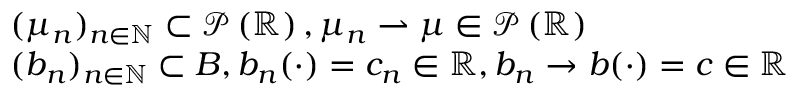
\begin{array} { r l } & { ( \mu _ { n } ) _ { n \in \mathbb { N } } \subset \mathcal { P } \left( \mathbb { R } \right) , \mu _ { n } \rightharpoonup \mu \in \mathcal { P } \left( \mathbb { R } \right) } \\ & { ( b _ { n } ) _ { n \in \mathbb { N } } \subset B , b _ { n } ( \cdot ) = c _ { n } \in \mathbb { R } , b _ { n } \to b ( \cdot ) = c \in \mathbb { R } } \end{array}